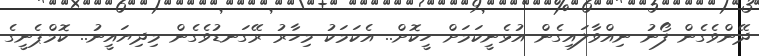
ދޭންވެގެން ފޯނު ނިއްވާލައިގެން އުޅެނީކަމަށް ހީކޮށް.. އެކަމަކު މިހާރު ރޭގަނޑުވެގެން މިދިޔައީނު.. ކޮމްޕެނީގެ